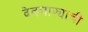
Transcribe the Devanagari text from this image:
देवचाफ्याची